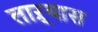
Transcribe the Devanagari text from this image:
ताऱ्यास